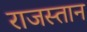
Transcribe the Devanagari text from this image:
राजस्तान